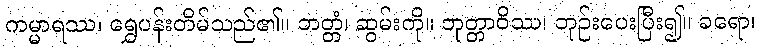
ကမ္မာရဿ၊ ရွှေပန်းတိမ်သည်၏။ ဘတ္တံ၊ ဆွမ်းကို။ ဘုတ္တာဝိဿ၊ ဘုဉ်းပေးပြီး၍။ ခရော၊